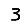
Digit: 3